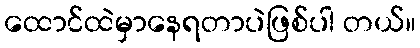
ထောင်ထဲမှာနေရတာပဲဖြစ်ပါ တယ်။